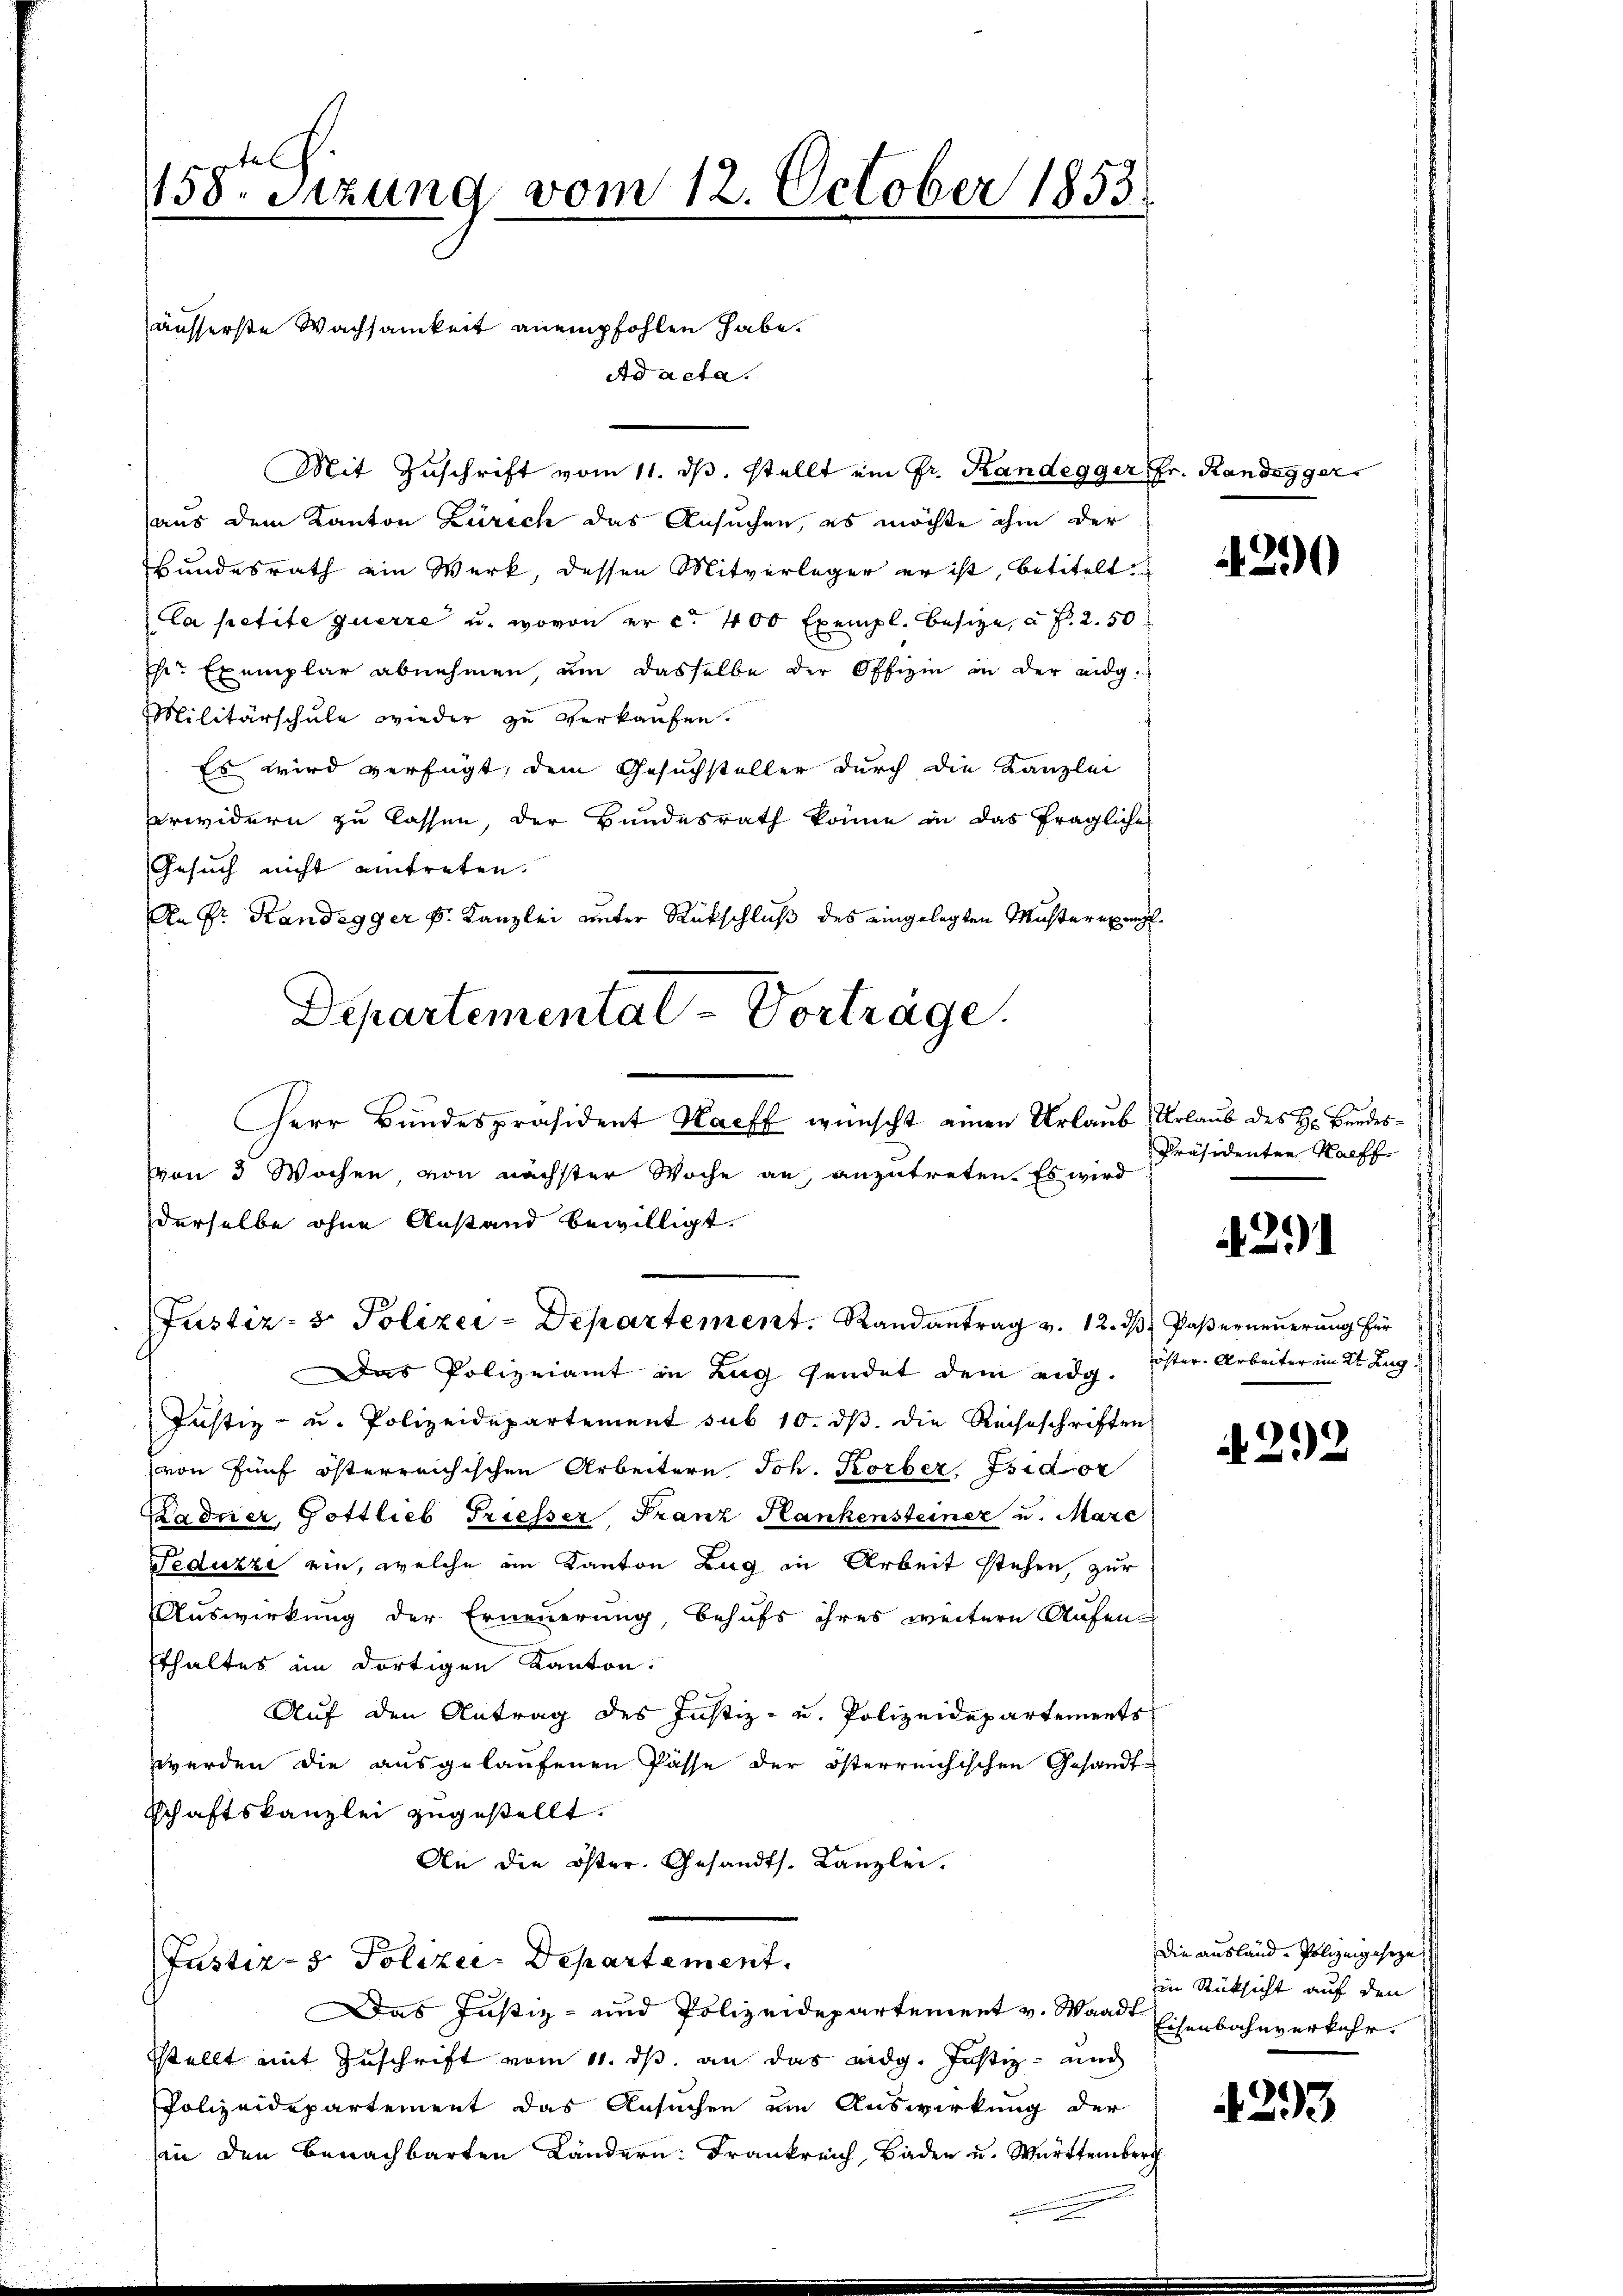
158. Setzung vom 12. October 1853.
äusserste Wachsamkeit anempfohlen habe.
Ad acta.

Justiz- & Polizei-Departement. Randantrag v. 12. ds Paserneuerung für

Mit Zuschrift vom 11. dβ. stellt ein Fr. Kandegger Fr. Randegger
aus dem Kanton Zürich das Ansuchen, es möchte ihm der
Bundesrath ein Werk, dessen Mitverleger er ist, betitelt.
Ca petite querre u. wovon er ca 400 Exempl. besitze, à Fr. 2.50
r Exemplar abnehmen, um dasselbe der Offizie in der ang¬
Militärschule wieder zu verkaufen.
Es wird verfügt, dem Gesuchsteller durch die Kanzlei
erwidern zu lassen, der Bundesrath könne in das fragliche
Gesuch nicht eintreten.
An Fr. Randegger k. Kanzlei unter Rückschluß des eingelegten Musterexen.
Departementat - Vorträge.
Herr Bundespräsident Harff wünscht einen Urlaub Urlaub des Hr. Bundesvon 3 Wochen, von nächster Woche an, anzutreten. Es wird
derselbe ohne Anstand bewilligt.

Das Polizeiamt in Zug sendet dem eidg. Ester Arbeiter im Kt. Zug
Justiz- u. Polizeidepartement sub 10. dβ die Rechtschriften
von fünf österreichischen Arbeitern Joh. Korber, Isidor
Kadner Gottlieb Triesser Franz Hankensteiner u. Marc
Feduzzi ein, welche am Kanton Zug in Arbeit stehen, zur
Auswirkung der Erneuerung, behufs ihres weitere Aufen-
Ethaltes im dortigen Kanton.
Auf den Antrag des Justiz- u. Polizeidepartements
werden die ausgelaufenen Pässe der österreichischen Gesandtschaftskanzlei zugestellt.
An die öster. Gesandts. Kanzlei.
Justiz- & Polizei-Departement.
Das Justiz- und Polizeidepartement v. Waadt
stellt mit Zuschrift vom 11. ds. an das eidg. Justiz- und
Polizeidepartement das Ansuchen um Auswirkung der
an den benachbarten Ländern: Frankreich Baden u. Württember

290

Präsidenten Kaffe

2.)

292

Die ausland. Polizeigeseze
in Rüksicht auf den
Eisenbahnverkehr.

293